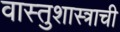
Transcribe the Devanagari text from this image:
वास्तुशास्त्राची